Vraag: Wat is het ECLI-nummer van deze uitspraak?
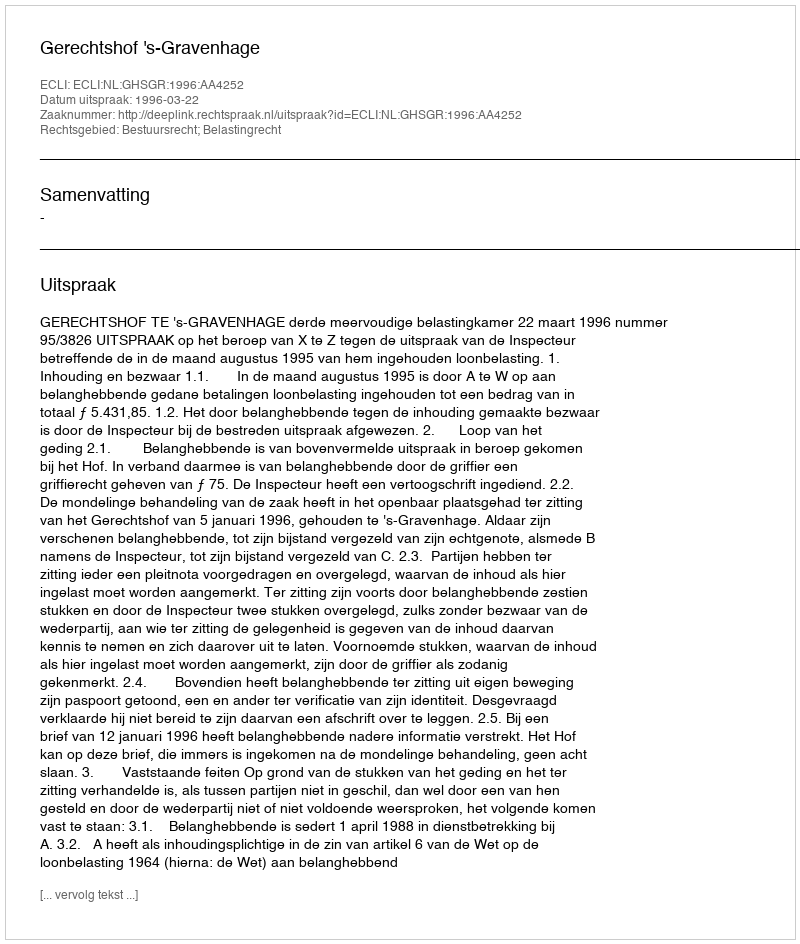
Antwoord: ECLI:NL:GHSGR:1996:AA4252